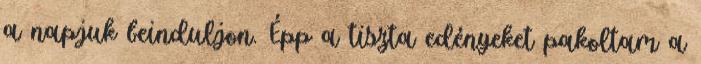
a napjuk beinduljon. Épp a tiszta edényeket pakoltam a